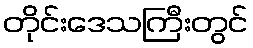
တိုင်းဒေသကြီးတွင်